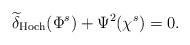
LaTeX: \begin{align*}\widetilde{\delta}_\mathrm{Hoch} (\Phi^s) + \Psi^2 (\chi^s) = 0.\end{align*}